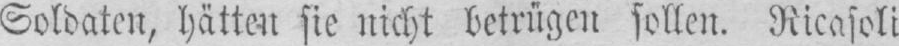
Soldaten, hätten sie nicht betrügen sollen. Ricasoli